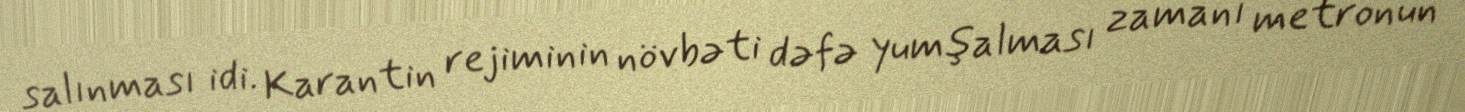
salınması idi. Karantin rejiminin növbəti dəfə yumşalması zamanı metronun